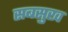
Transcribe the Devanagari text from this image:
सबसुख